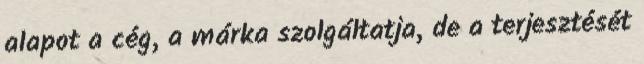
alapot a cég, a márka szolgáltatja, de a terjesztését